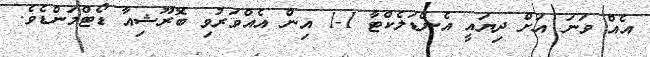
އެއް ވަނަ އަށް ދިޔައީ އެންޑަލެކްޓާ 1-1 އިން އެއްވަރުވި ބޮރޫޝިއާ ޑޯޓްމަންޑެވެ.